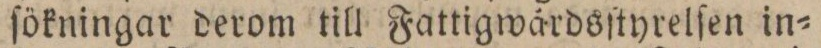
ſökningar derom till Fattigwårdsſtyrelſen in=